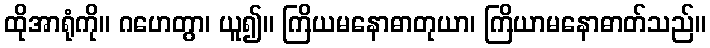
ထိုအာရုံကို။ ဂဟေတွာ၊ ယူ၍။ ကြိယမနောဓာတုယာ၊ ကြိယာမနောဓာတ်သည်။